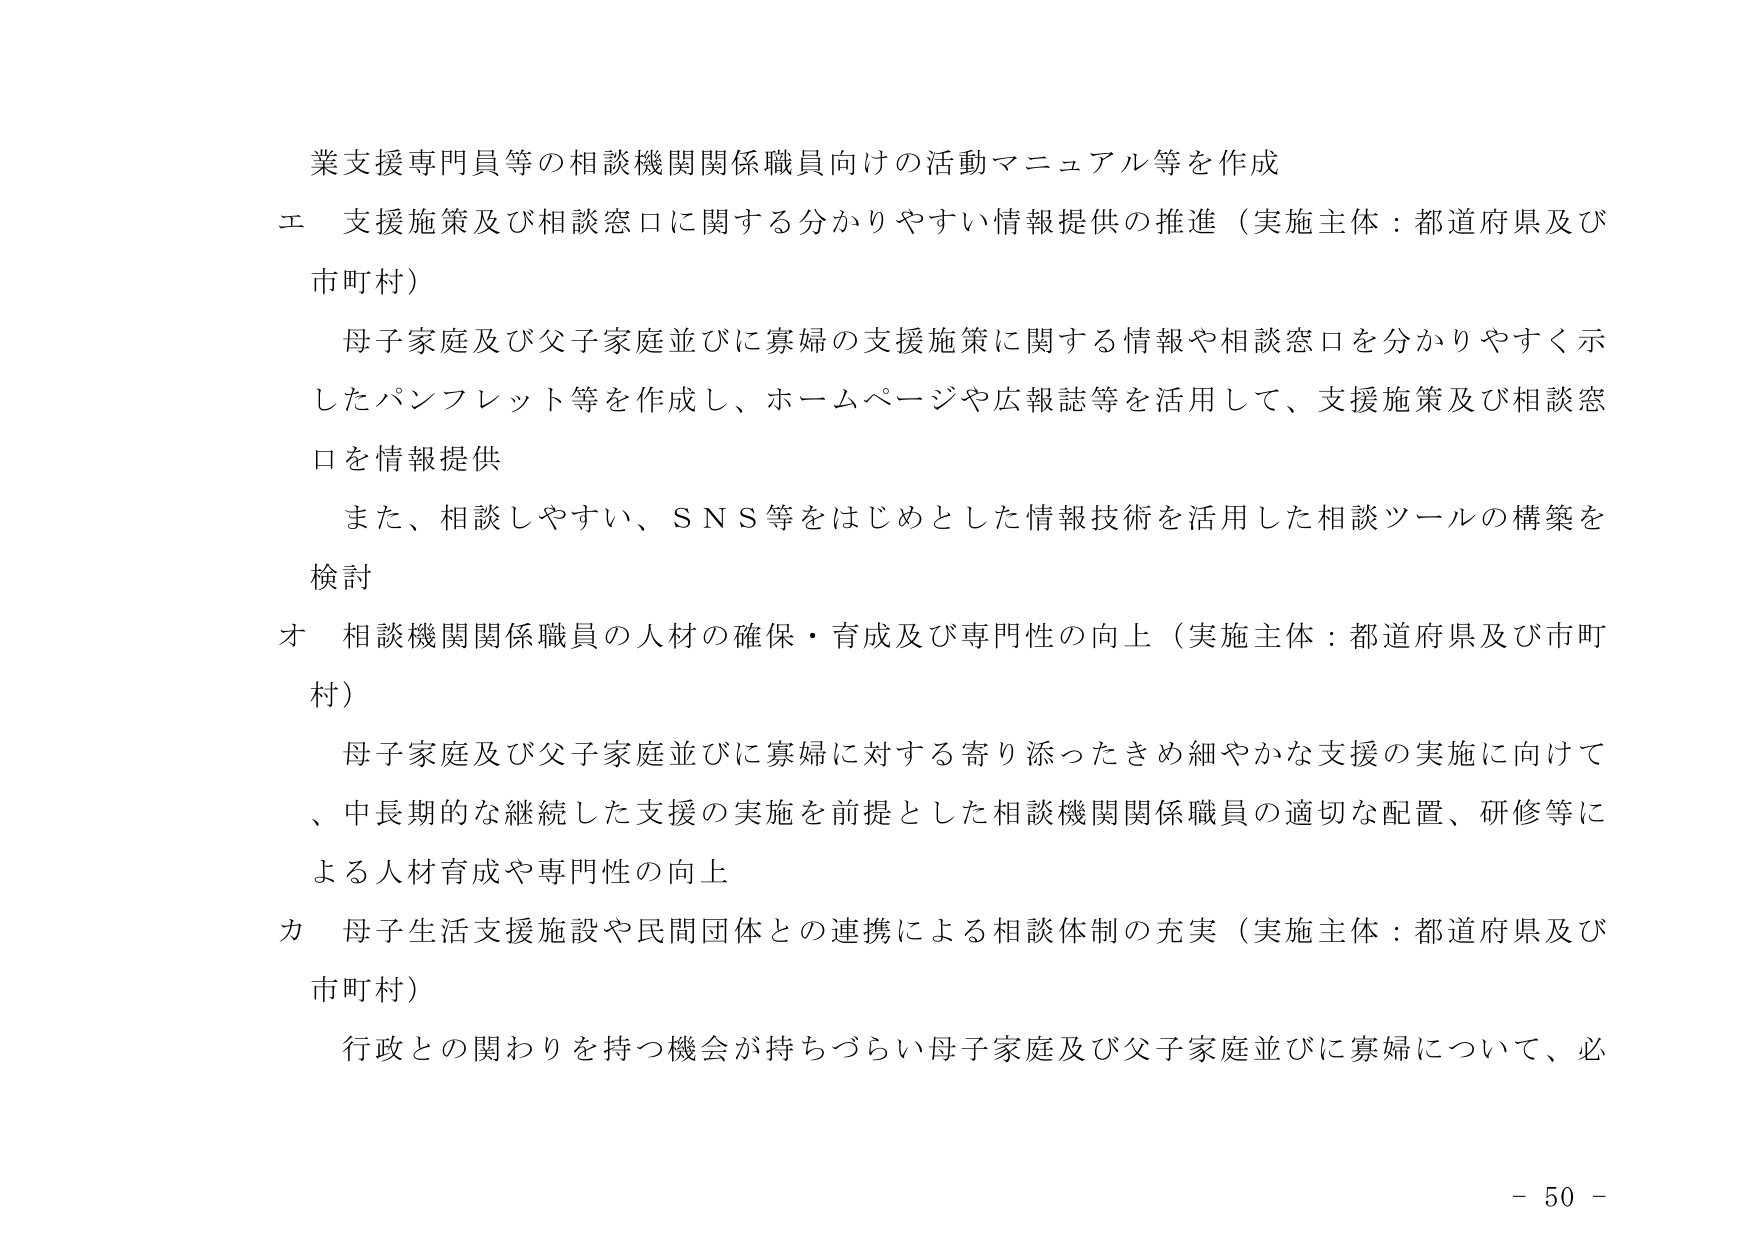
業支援専門員等の相談機関関係職員向けの活動マニュアル等を作成
エ 支援施策及び相談窓口に関する分かりやすい情報提供の推進（実施主体：都道府県及び市町村）
　母子家庭及び父子家庭並びに寡婦の支援施策に関する情報や相談窓口を分かりやすく示したパンフレット等を作成し、ホームページや広報誌等を活用して、支援施策及び相談窓口を情報提供
　また、相談しやすい、ＳＮＳ等をはじめとした情報技術を活用した相談ツールの構築を検討
オ 相談機関関係職員の人材の確保・育成及び専門性の向上（実施主体：都道府県及び市町村）
　母子家庭及び父子家庭並びに寡婦に対する寄り添ったきめ細やかな支援の実施に向けて、中長期的な継続した支援の実施を前提とした相談機関関係職員の適切な配置、研修等による人材育成や専門性の向上
カ 母子生活支援施設や民間団体との連携による相談体制の充実（実施主体：都道府県及び市町村）
　行政との関わりを持つ機会が持ちづらい母子家庭及び父子家庭並びに寡婦について、必
－ 50 －